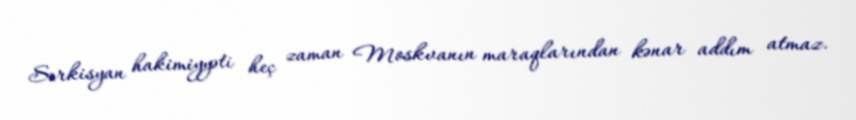
Sərkisyan hakimiyyəti heç zaman Moskvanın maraqlarından kənar addım atmaz.